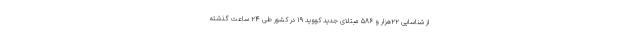
از شناسایی ۲۲هزار و ۵۸۶ مبتلای جدید کووید ۱۹ در کشور طی ۲۴ ساعت گذشته